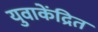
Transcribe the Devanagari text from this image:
युवाकेंद्रित